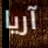
آريا